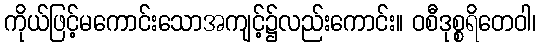
ကိုယ်ဖြင့်မကောင်းသောအကျင့်၌လည်းကောင်း။ ဝစီဒုစ္စရိတေဝါ၊